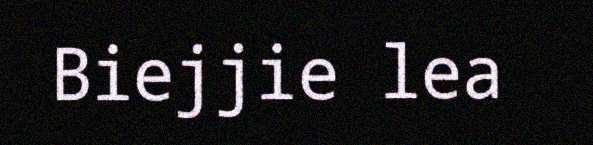
Biejjie lea